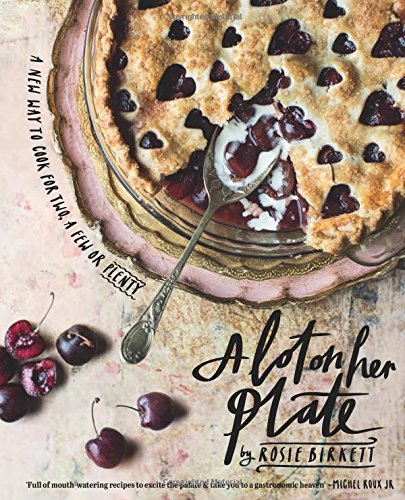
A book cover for A Lot on Her Plate: A New Way to Cook For Two, A Few or Plenty; Rosie Birkett; Cookbooks, Food & Wine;